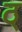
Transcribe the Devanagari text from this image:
ठ्‌